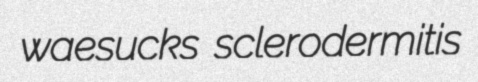
waesucks sclerodermitis